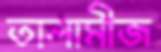
তালামীজ